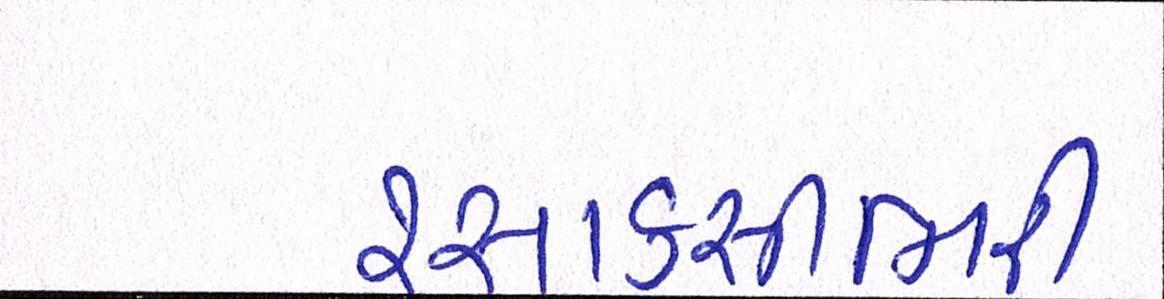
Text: રસાકસીભરી